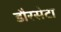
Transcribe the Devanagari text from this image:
डौरसेटा